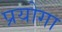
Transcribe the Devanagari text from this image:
प्रयोगा